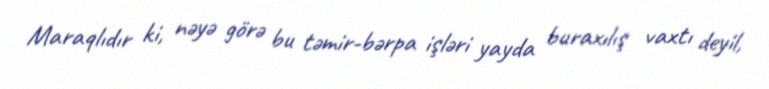
Maraqlıdır ki, nəyə görə bu təmir-bərpa işləri yayda buraxılış vaxtı deyil,